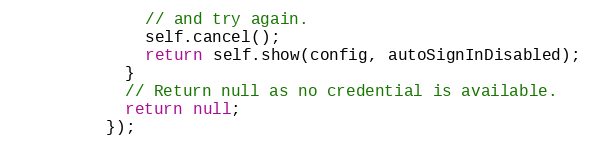
Language: JavaScript
              // and try again.
              self.cancel();
              return self.show(config, autoSignInDisabled);
            }
            // Return null as no credential is available.
            return null;
          });